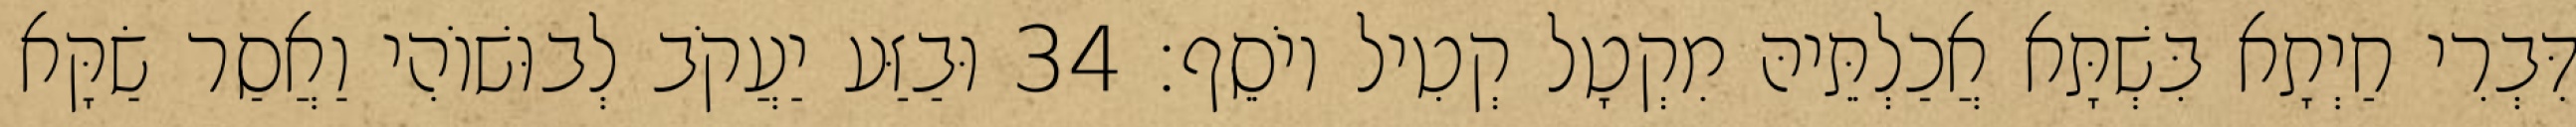
דִּבְרִי חַיְתָא בִּשְׁתָּא אֲכַלְתֵּיהּ מִקְטָל קְטִיל יוֹסֵף׃ 34 וּבַזַּע יַעֲקֹב לְבוּשׁוֹהִי וַאֲסַר שַׂקָּא